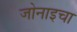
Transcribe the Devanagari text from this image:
जोनाइचा